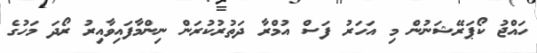
ހައްޖު ކޯޕަރޭޝަނުން މި އަހަރު ފަސް އުމްރާ ދަތުރުކުރަން ނިންމާފައިވާއިރު ރޯދަ މަހުގެ